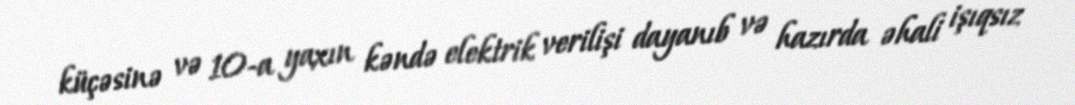
küçəsinə və 10-a yaxın kəndə elektrik verilişi dayanıb və hazırda əhali işıqsız